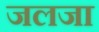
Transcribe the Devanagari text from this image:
जलजा